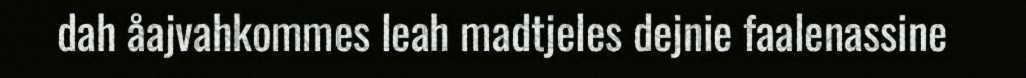
dah åajvahkommes leah madtjeles dejnie faalenassine